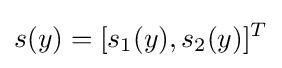
s(y)=[s_{1}(y),s_{2}(y)]^{T}